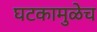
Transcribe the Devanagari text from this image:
घटकामुळेच